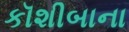
કૉશીબાના